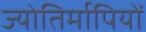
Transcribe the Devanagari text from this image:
ज्योतिर्मापियों